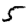
Digit: 5